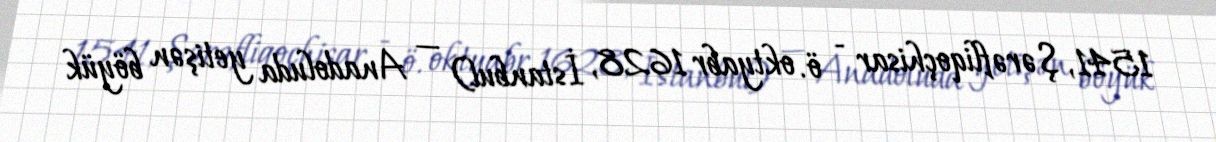
1541, Şərəfliqoçhisar - ö. oktyabr 1628, İstanbul) — Anadoluda yetişən böyük